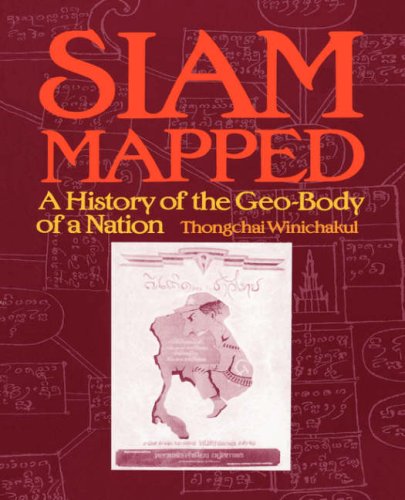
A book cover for Thongchai: Siam Mapped Paper; Thongchakul Winichakul; History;